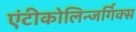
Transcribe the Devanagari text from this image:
एंटीकोलिन्जर्गिक्स